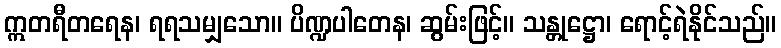
ဣတရီတရေန၊ ရရသမျှသော။ ပိဏ္ဍပါတေန၊ ဆွမ်းဖြင့်။ သန္တုဋ္ဌော၊ ရောင့်ရဲနိုင်သည်။